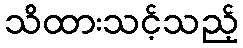
သိထားသင့်သည့်